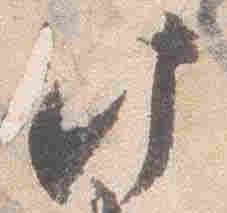
此